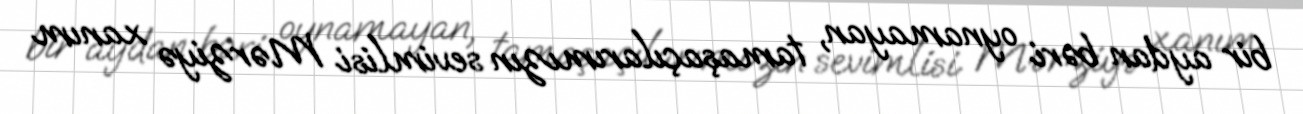
bir aydan bəri oynamayan, tamaşaçılarımızın sevimlisi Mərziyə xanım